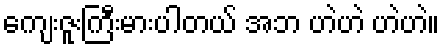
ကျေးဇူးကြီးမားပါတယ် အဘ ဟဲဟဲ ဟဲဟဲ။